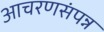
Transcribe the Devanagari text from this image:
आचरणसंपन्न